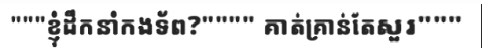
"""ខ្ញុំដឹកនាំកងទ័ព?"""" គាត់គ្រាន់តែសួរ"""